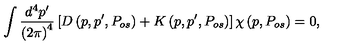
\int \frac { d ^ { 4 } p ^ { \prime } } { \left( 2 \pi \right) ^ { 4 } } \left[ { D } \left( p , p ^ { \prime } , P _ { o s } \right) + { K } \left( p , p ^ { \prime } , P _ { o s } \right) \right] { \chi } \left( p , P _ { o s } \right) = 0 ,